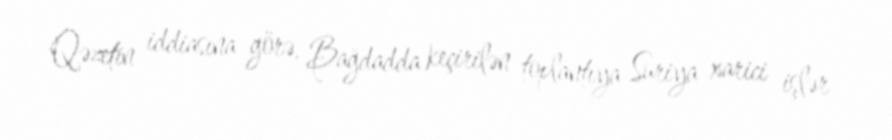
Qəzetin iddiasına görə, Bağdadda keçirilən toplantıya Suriya xarici işlər